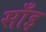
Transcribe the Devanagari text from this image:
साँइ